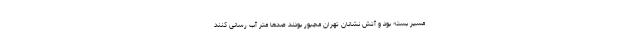
مسیر بسته بود و آتش نشانان تهران مجبور بودند صدها متر آب رسانی کنند